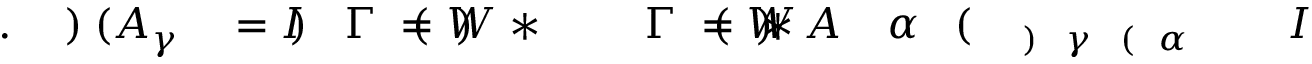
I \! \! \! \! \! \! \! \! \! \! \! \! _ { \! \! \! \! \! \! \! \! \! \! \! \! \alpha \! \! \! \! \! \! \! \! \! \! \! \! ( \! \! \! \! \! \! \! \! \! \! \! \! \gamma \! \! \! \! \! \! \! \! \! \! \! \! ) } \! \! \! \! \! \! \! \! \! \! \! \! ( \! \! \! \! \! \! \! \! \! \! \! \! \alpha \! \! \! \! \! \! \! \! \! \! \! \! _ { \! } \! \! \! \! \! \! \! \! \! \! \! * A \! \! \! \! \! \! \! \! \! \! \! \! ) \! \! \! \! \! \! \! \! \! \! \! \! = W \! \! \! \! \! \! \! \! \! \! \! \! ( \! \! \! \! \! \! \! \! \! \! \! \! \Gamma \! \! \! \! \! \! \! \! \! \! \! \! ^ { \! } \! \! \! \! \! \! \! \! \! \! \! * \! \! \! \! \! \! \! \! \! \! \! \! ) \! \! \! \! \! \! \! \! \! \! \! \! = W \! \! \! \! \! \! \! \! \! \! \! \! ( \! \! \! \! \! \! \! \! \! \! \! \! \Gamma \! \! \! \! \! \! \! \! \! \! \! \! ) \! \! \! \! \! \! \! \! \! \! \! \! = I \! \! \! \! \! \! \! \! \! \! \! \! _ { \! \! \! \! \! \! \! \! \! \! \! \! \gamma } \! \! \! \! \! \! \! \! \! \! \! \! ( A \! \! \! \! \! \! \! \! \! \! \! \! ) \! \! \! \! \! \! \! \! \! \! \! \! . \! \! \! \! \! \! \! \! \! \! \!